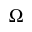
\Omega